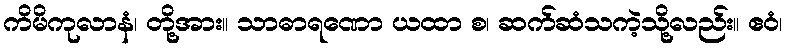
ကိမိကုလာနံ၊ တို့အား။ သာဓာရဏော ယထာ စ၊ ဆက်ဆံသကဲ့သို့လည်း။ ဧဝံ၊